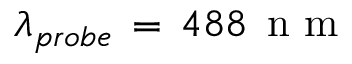
\lambda _ { p r o b e } \, = \, 4 8 8 \, \mathrm { ~ n ~ m ~ }